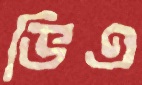
ভিএ